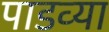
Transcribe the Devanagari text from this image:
पाडव्या